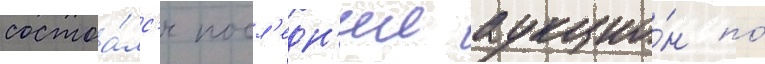
состоа́лс'я посл'едн'ии аукцио́н по́